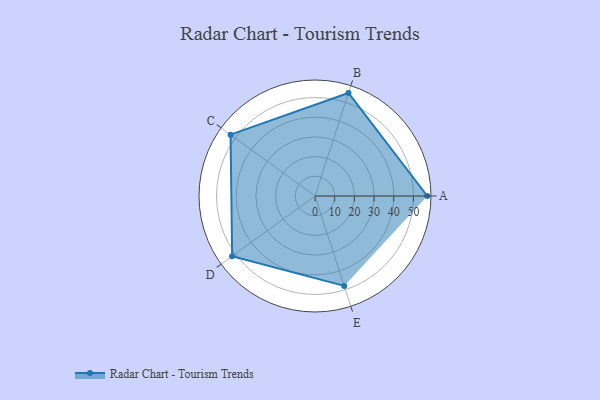
{"axis": {"x": "Skill", "y": "Score"}, "legend": ["Profile"], "data": [{"x": "A", "y": 57.0, "type": "Profile"}, {"x": "B", "y": 55.0, "type": "Profile"}, {"x": "C", "y": 53.0, "type": "Profile"}, {"x": "D", "y": 52.0, "type": "Profile"}, {"x": "E", "y": 48.0, "type": "Profile"}]}